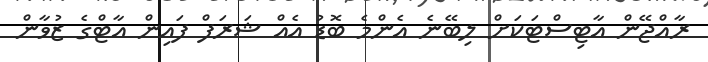
ރާއްޖޭން އާޓިސްޓަކަށް ލިބޭނެ އެންމެ ބޮޑު އެއް ޝަރަފް ފައިން އާޓްގެ ޒުވާން